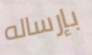
بإرساله